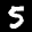
Label: 5